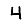
Digit: 4